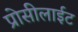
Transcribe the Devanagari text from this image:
प्रोसीलाईट